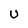
Character: U